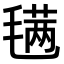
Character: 𣯣